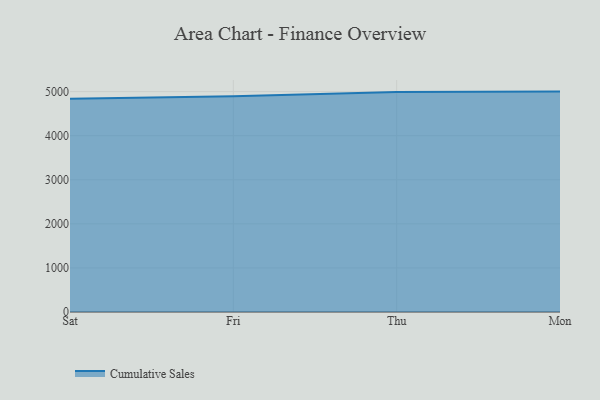
{"axis": {"x": "Day", "y": "Humidity (%)"}, "legend": ["Cumulative Sales"], "data": [{"x": "Sat", "y": 4839.4, "type": "Cumulative Sales"}, {"x": "Fri", "y": 4893.7, "type": "Cumulative Sales"}, {"x": "Thu", "y": 4992.0, "type": "Cumulative Sales"}, {"x": "Mon", "y": 5000, "type": "Cumulative Sales"}]}